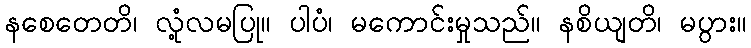
နစေတေတိ၊ လုံ့လမပြု။ ပါပံ၊ မကောင်းမှုသည်။ နစိယျတိ၊ မပွား။